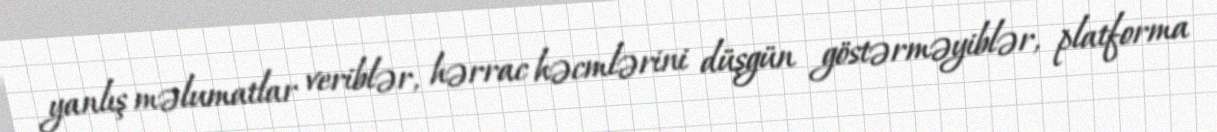
yanlış məlumatlar veriblər, hərrac həcmlərini düşgün göstərməyiblər, platforma